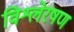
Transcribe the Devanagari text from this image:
विश्लेरषण